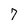
Character: 7